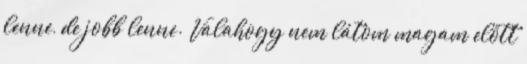
lenne, de jobb lenne. Valahogy nem látom magam előtt